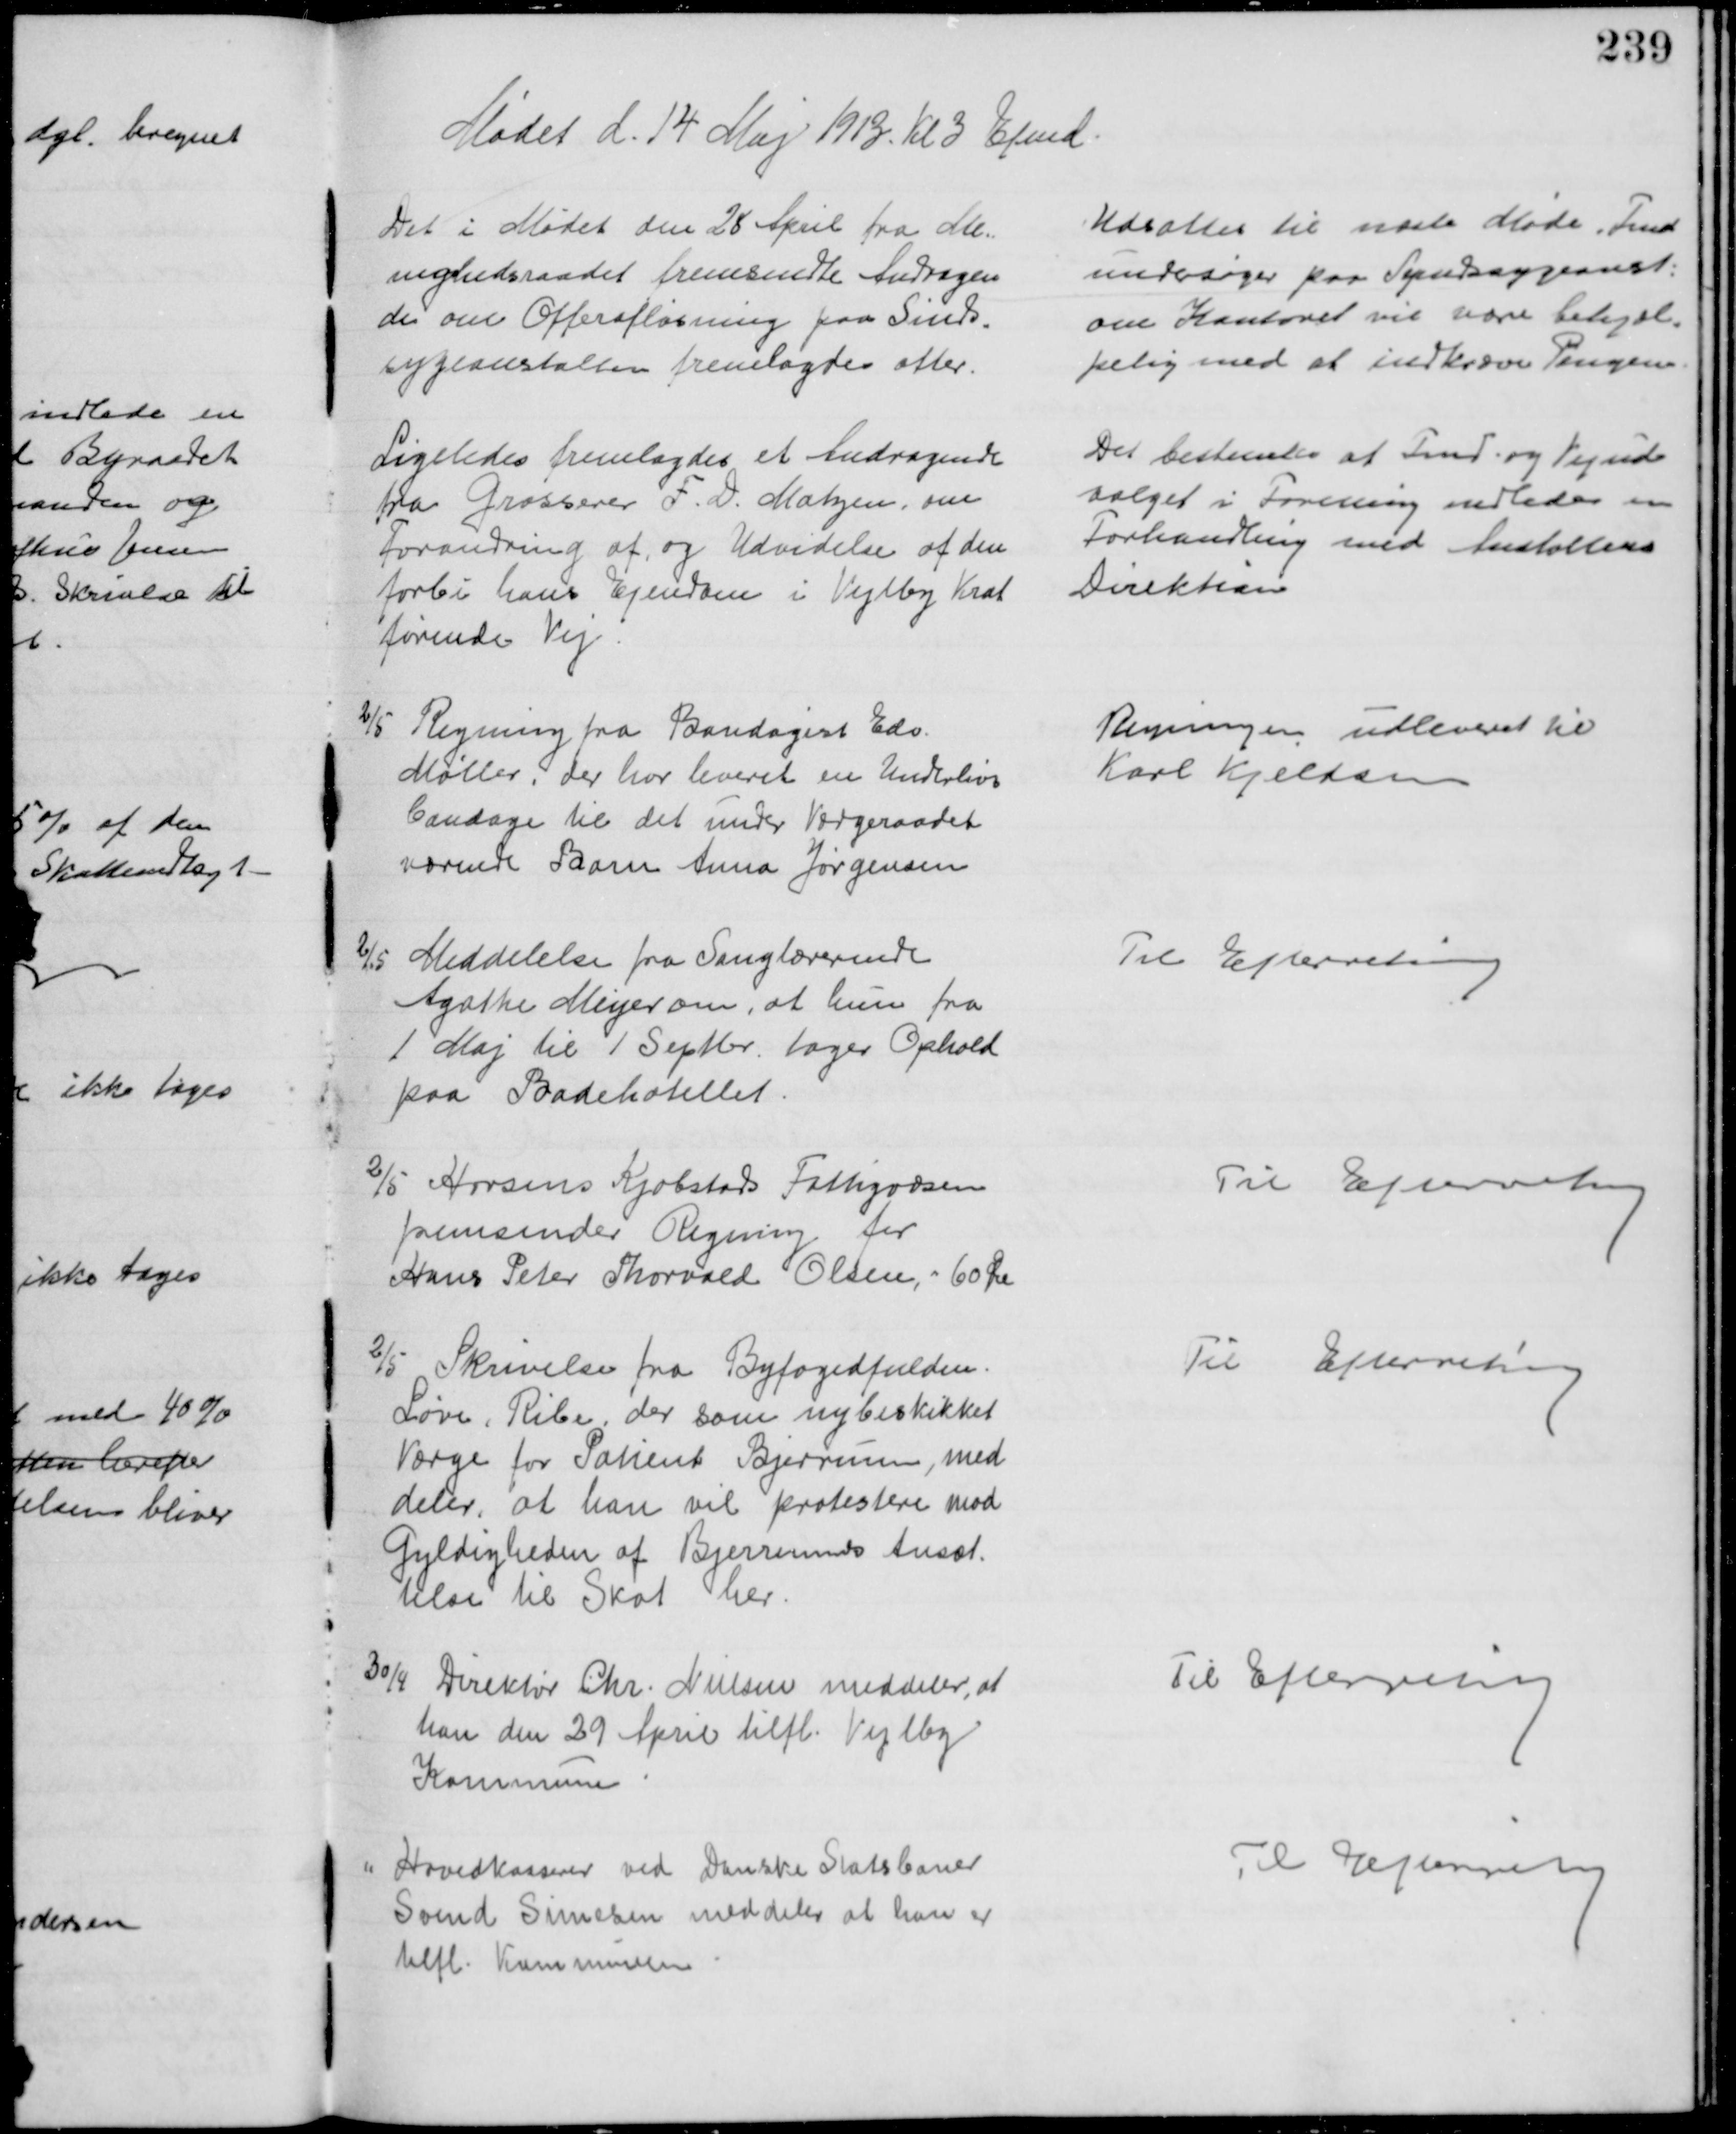
Transskription:
Mødet d. 14 Maj 1913. til 3 Efmd.
Det i Mødet den 28 April fra Me-
nighedsraadet fremsendte Andragen
de om Offerafløsning paa Sinds-
sygeanstallen fremlagdes atter.
Udsattes til næste Møde. Fmd
undersøger paa Syndssygeanst:
om Kontoret vil være behjæl-
pelig med at indkræve Pengene.
Ligeledes fremlagdes et Andragende
fra Grosserer F. D. Matzen, om
Forandring af og Udvidelse af den 
forbi hans Ejendom i Vejlby Krat
førende Vej.
Det bestemtes at Fmd. og Vejud-
valget i Forening indleder en
Forhandling med Anstaltens
Direktion
2/5 Regning fra Bandagist Edv.
Møller, der har leveret en Underlivs
bandage til det under Værgeraadet
værende Barn Anna Jørgensen
Regningen udleveret til
Karl Kjeldsen
2/5 Meddelelse fra Sanglærerinde
Agathe Meyer om, at hun fra
1 Maj til 1 Septbr. tager Ophold
paa Badehotellet.
Til Efterretning
2/5 Horsens Kjøbstads Fattigvæsen
fremsender Regning for
Hans Peter Thorvald Olsen, - 60 Øre
Til Efterretning
2/5 Skrivelse fra Byfogedfuldm.
Løve, Ribe, der som nybeskikket
Værge for Patient Bjerrum, med
deler, at han vil protestere mod
Gyldigheden af Bjerrums Ansæt
telse til Skat her.
Til Efterretning
30/4 Direktør Chr. Nielsen meddeler, at
han den 29 April tilfl. Vejlby
Kommune
Til Efterretning
Hovedkasserer ved Danske Statsbaner
Svend Simesen meddeler at han er
tilfl. Kommunen
Til Efterretning